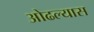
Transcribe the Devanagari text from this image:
ओढल्यास